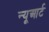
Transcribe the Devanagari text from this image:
न्यूआर्ट